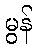
မွန်